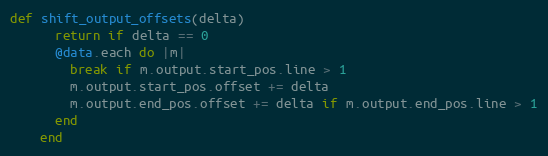
Language: Ruby
def shift_output_offsets(delta)
      return if delta == 0
      @data.each do |m|
        break if m.output.start_pos.line > 1
        m.output.start_pos.offset += delta
        m.output.end_pos.offset += delta if m.output.end_pos.line > 1
      end
    end